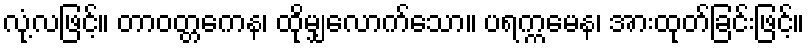
လုံ့လဖြင့်။ တာဝတ္တကေန၊ ထိုမျှလောက်သော။ ပရက္ကမေန၊ အားထုတ်ခြင်းဖြင့်။